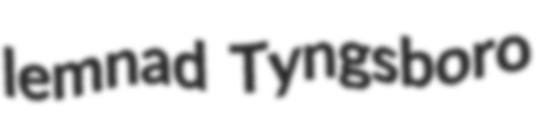
lemnad Tyngsboro